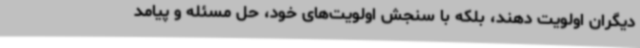
دیگران اولویت دهند، بلکه با سنجش اولویت‌های خود، حل مسئله و پیامد